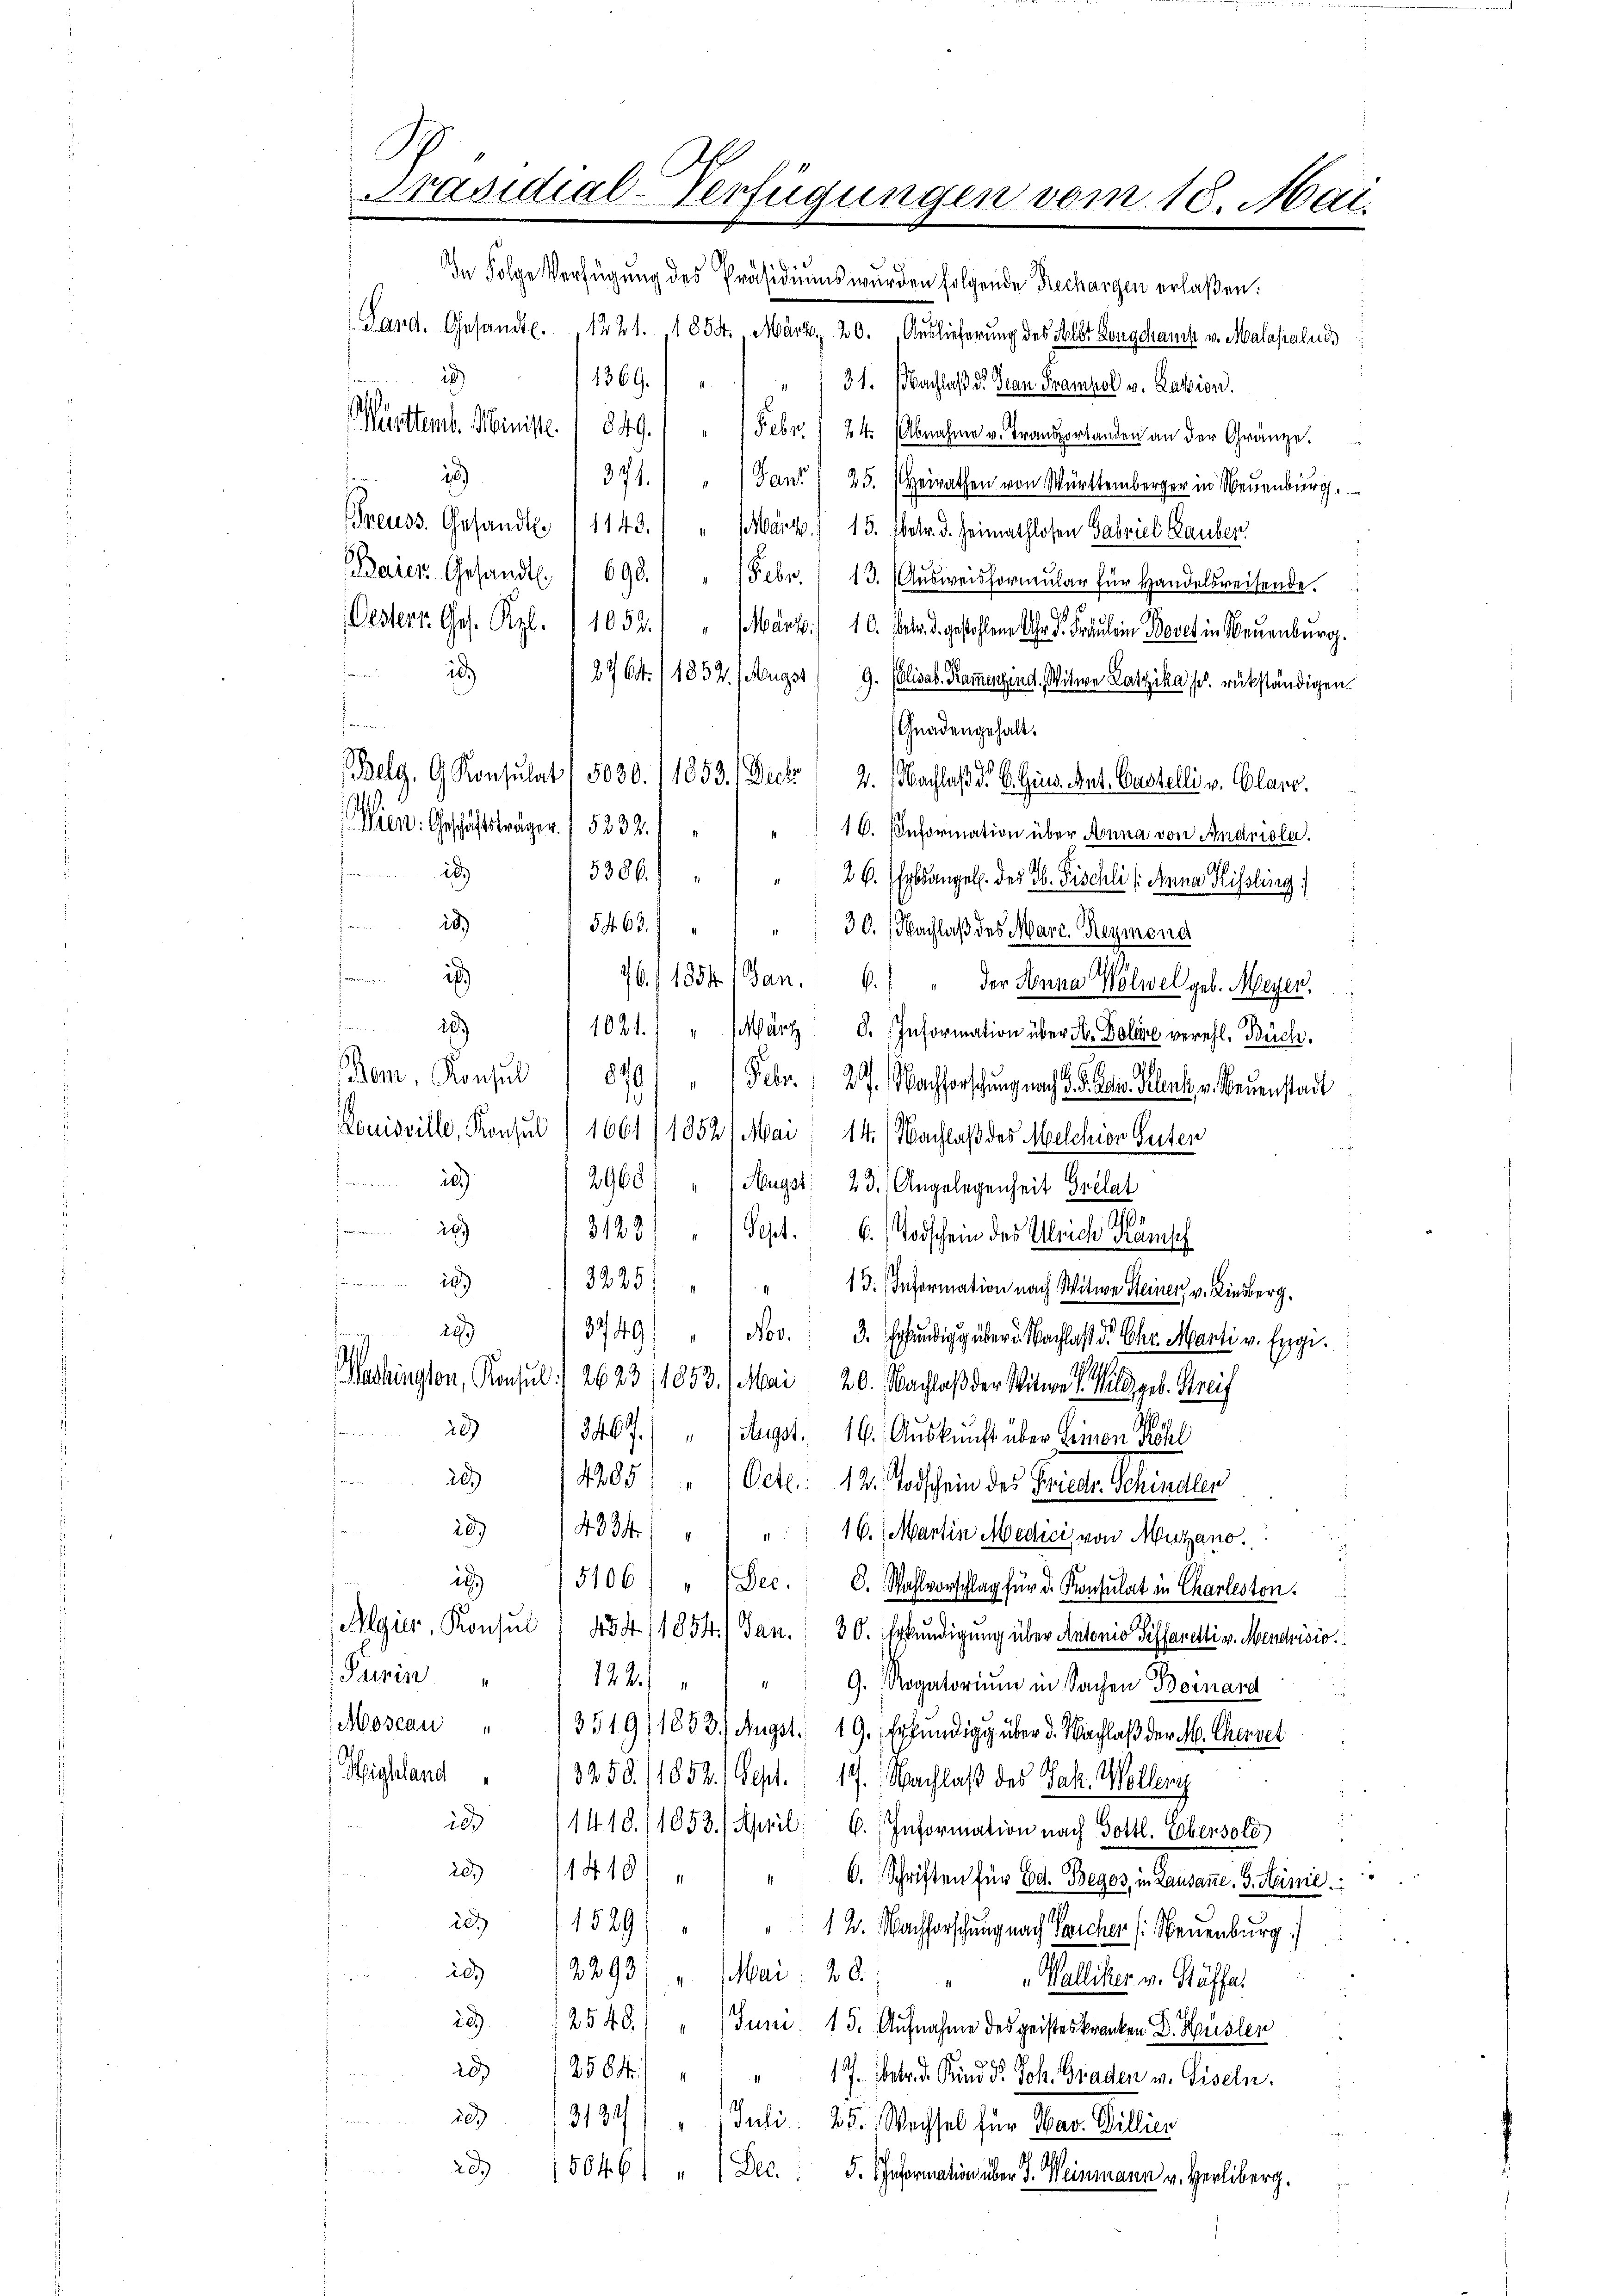
In Folge Verfügung des Präsidiums wurden folgende Rechargen erlaßen.
Pard. Gesandtl.
1221. 1854. März, 20. Auslieferung des Selbst Longchamte v. Malasialud
1)
1369.) " " " 31. Nachlaß d. Jean Franzel v. Razion.
Württemb. Ministe. 1849.) " 1 Febr. 1 24. Abnahme u. Transportanden an der Gränze.
)
371. " Jan:) 25. Heirathen von Württemberger in Neŭenbŭrg.
reuss. Gesandt. 1143.
" (Mark. 15. betr. d. Heimathlosen Gabriel Rauber.
Baier Gesandt. " 690.
" Febr. 113. Aŭsweisformŭlar für Handelsreisende.
e
Oesterr. Ges. Kl. 1052.) " März 10. Fr. gestohlene Uhr. Fräulein Bovet in Neuenburg.
id
2764. 11852. (Mügst 9. Elisab. Rammenzind, Witwe Latzika se rükständigen.
.
Gnadengehalt.
Belg, G. Konsulat, 5030./1853. Decke, 2. Nachlaß d. 6. Gins. Ant. Castelli v. Plane.
Wien. Geschäftsträger. 1 5232. 1 " " " " 16. Information über Anna von Andriola.
id.
3386.)
26. Erbsangel. des H. Fischli (Anna Hissling
id)
5463.
30. Nachlaß des Marc. Reymona
m
761 1854 (Jan. 6. " der Anna Wölwel geb. Meyer.
den
12)
1021. " " März d. Information über St. Polare verehl. Büch
om. Konsul
819
Febr. 27. Nachforschung nach §. 5. Betr. Helenk, v. Neuenstadt
Louisville, Konsul /1661/1852/ Mai 14. Nachlaß des Melchion Guten
we
29601 " / Hugss: 23. Angelegenheit Grelat
2)
3123/ "   Sept. 6. Todschein des Ulrich Kömsch
i
2925
13. Information nach Witwe Steiner v. Liesberg.
29)
3749; " Nov. 3. Erkŭndig über d. Nachlaß d. Chr. Manti v. Engi.
Washington, Konsul :/ 2623 /1853. (Mai 20. Nachlaß der Witwe geb. Kreis
20)
3467.) " Aeugst: 16. Auskunft über seinen Köhl
20)
485) " 1 Oct. 12. Todschein des Friedr. Schindlen
¬
29)
4334.) " " " " 16. Martin Medici, von Mutzano.
ic
5106) " 2 Dec. C. Wahlvorschlag für d. Konsulat in Charleston.
Algier, Konsul / 454, 1854.) Jan. 30. Erkundigung über Antonio Seffanetti v. Mendrisio
Purin
122
" " G. Rogatorium in Sachen Beinard
Moscau " 13519/1833. Augst. 19. Erkŭndig über d. Nachlaβ der M. Cherset
Highland " 13258. 11852.) Sept. 17. Nachlaß des Jak. Mellen
i 11418./1853. April: 6. Information nach Gottl. Ebensole
20/1418)
6. Schriften für Bd. Beges, in Lausanne. Schinie
28 (1529)
12. Nachforschung nach Teicher (: Neuenburg)
10.)
i
12293. " (Mai: 20 " " Walliker v. Stäffer
1 12540.) " (Juni 15. Aŭfnahme des geisteskranken Dr. Hüslen
20)
2584.) " " " 17. Bebad Kind dr. Joh. Graden v. Giseln.
ich
13134) " 1 Juli 25. Wachsel für Mar. Willier
23. 150461 " " Dec. 5. Information über J. Weinmann v. Herliberg.

Präsidial-Verfügungen vom 10. Mai.
2